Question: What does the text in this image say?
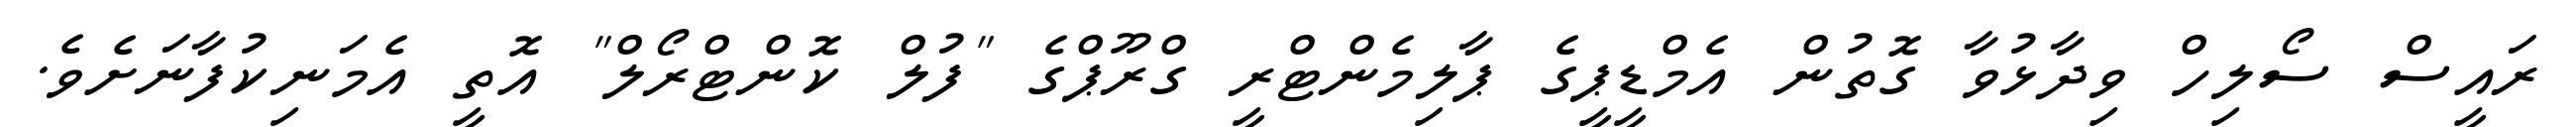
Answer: ރައީސް ސޯލިހް ވިދާޅުވާ ގޮތުން އެމްޑީޕީގެ ޕާލިމެންޓްރީ ގްރޫޕްގެ "ފުލް ކޮންޓްރޯލް" އޮތީ އެމަނިކުފާނަށެވެ.